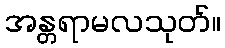
အန္တရာမလသုတ်။